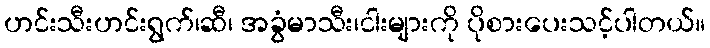
ဟင်းသီးဟင်းရွက်၊ဆီ၊ အခွံမာသီး၊ငါးများကို ပိုစားပေးသင့်ပါတယ်။